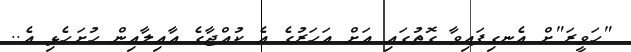
"ހަވީރަ"ށް އެނގިފައިވާ ގޮތުގައި އަށް އަހަރުގެ އެ ކުއްޖާގެ އާއިލާއިން ހުށަހެޅި އެ..